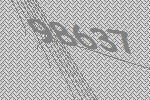
98637